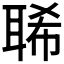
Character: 𦖁